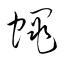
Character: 蠅